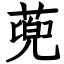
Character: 蔸